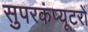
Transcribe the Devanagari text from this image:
सुपरकंप्यूटरों